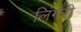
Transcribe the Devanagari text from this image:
लिंगरी